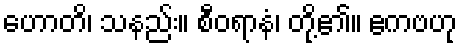
ဟောတိ၊ သနည်း။ စီဝရာနံ၊ တို့၏။ ဧကဗဟု